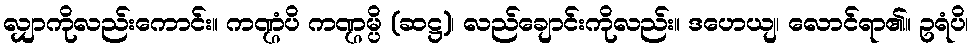
လျှာကိုလည်းကောင်း။ ကဏ္ဌံပိ ကဏ္ဌမ္ပိ (ဆဋ္ဌ)၊ လည်ချောင်းကိုလည်း။ ဒဟေယျ၊ လောင်ရာ၏။ ဥရံပိ၊